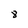
Character: 8